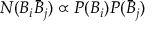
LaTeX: N ( B _ { i } \bar { B } _ { j } ) \propto P ( B _ { i } ) P ( \bar { B } _ { j } )